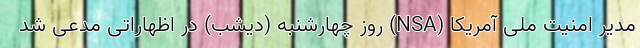
مدیر امنیت ملی آمریکا (NSA) روز چهارشنبه (دیشب) در اظهاراتی مدعی شد